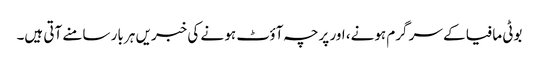
بوٹی مافیا کے سر گرم ہونے، اور پرچہ آؤٹ ہو نے کی خبریں ہر بار سامنے آتی ہیں۔